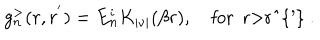
LaTeX: g _ { n } ^ { > } ( r , r ^ { ' } ) = E _ { n } ^ { i } K _ { | \nu | } ( \beta r ) , \quad \mathrm { f o r ~ r > r ^ { ' } ~ . }